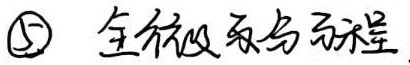
\textcircled{5} 全微分方程